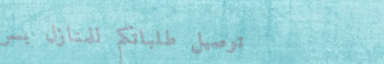
توصيل طلباتكم للمنازل بسر